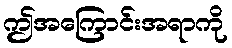
ဤအကြောင်းအရာကို